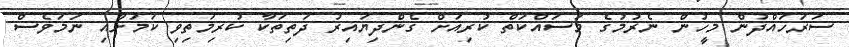
ސަރަހައްދުން މީހުން ނެރުމުގެ މަސައްކަތް ކުރިއަށް ގެންދިޔައިރު ދަތިތަކާ ކުރިމަތިވި ކަމަށާއި ނަމަވެސް